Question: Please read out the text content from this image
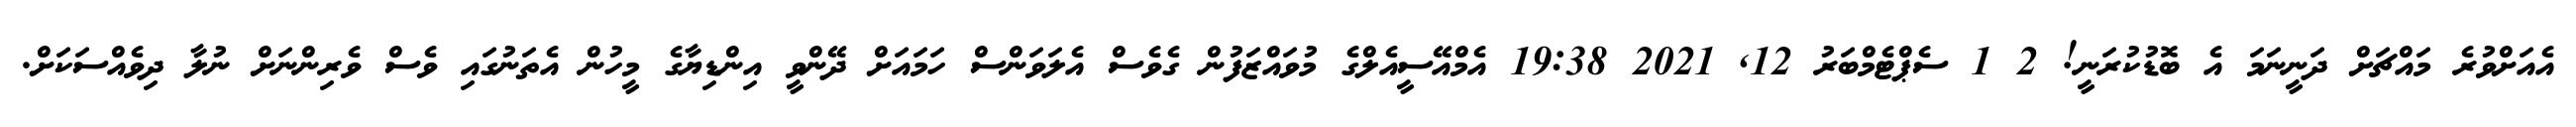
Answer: އެއަށްވުރެ މައްޗަށް ދަނީނަމަ އެ ބޮޑުކުރަނީ! 2 1 ސެޕްޓެމްބަރު 12, 2021 19:38 އެމްއޭސީއެލްގެ މުވައްޒަފުން ގެވެސް އެލަވަންސް ހަމައަށް ދޭންވީ އިންޑިޔާގެ މީހުން އެތަނުގައި ވެސް ވެރިންނަށް ނުލާ ދިވެއްސަކަށް.